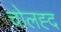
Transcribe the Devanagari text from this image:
चोलह्द